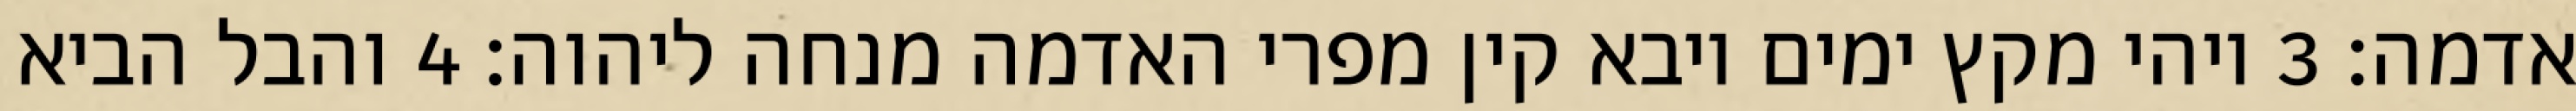
אדמה׃ ‎3‏ ויהי מקץ ימים ויבא קין מפרי האדמה מנחה ליהוה׃ ‎4‏ והבל הביא